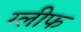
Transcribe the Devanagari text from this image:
ग्लीफ